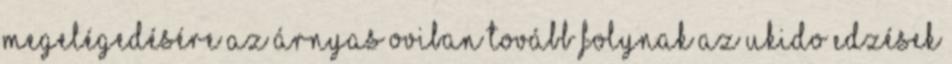
megelégedésére Az Árnyas Oviban tovább folynak az uKIDo edzések